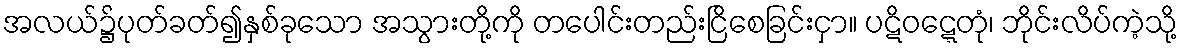
အလယ်၌ပုတ်ခတ်၍နှစ်ခုသော အသွားတို့ကို တပေါင်းတည်းငြိစေခြင်းငှာ။ ပဋိဝဋ္ဋေတုံ၊ ဘိုင်းလိပ်ကဲ့သို့